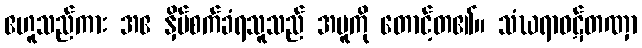
ဧဟူသည်ကား အဧ နှိပ်စက်ခံရသူသည် အပူကို တောင့်တ၏။ သံဃရာဝဋ်တဏှာ